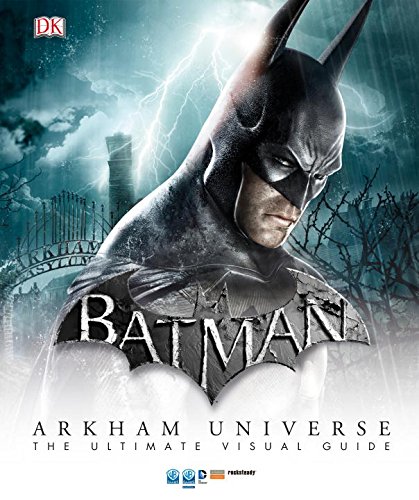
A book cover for Batman: Arkham Universe: The Ultimate Visual Guide; Matthew K. Manning; Comics & Graphic Novels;